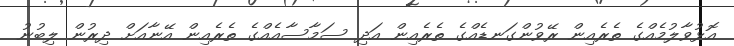
އޮޅުވާލުމެއްގެ ތެރެއިން ރޭވުންގަނޑެއްގެ ތެރެއިން އަދި ސަމާސާއެއްގެ ތެރެއިން އޭނާއަށް ދިރުން ލިބުނު